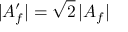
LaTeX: | { \cal A } _ { f } ^ { \prime } | = \sqrt { 2 } \, | { \cal A } _ { f } |